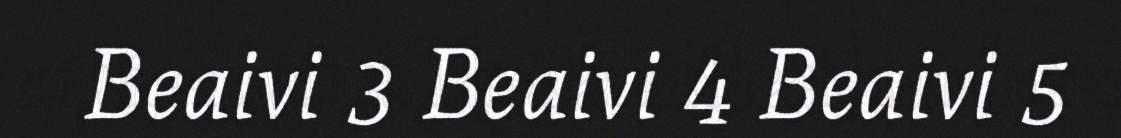
Beaivi 3 Beaivi 4 Beaivi 5